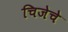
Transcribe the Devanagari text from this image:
चिजेचे